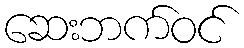
ဆေးဘက်ဝင်